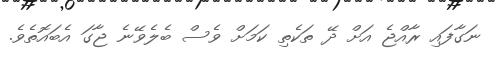
ނަގާފައި ރާއްޖެ އަށް ދޭ ތަކެތި ކަމަށް ވެސް ބެލެެވޭނެ ޖާގަ އެބައޮތެވެ.